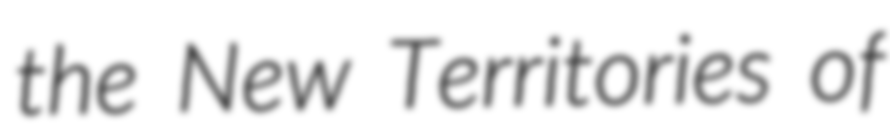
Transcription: the New Territories of